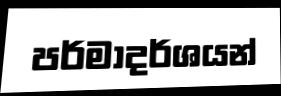
පර්මාදර්ශයන්